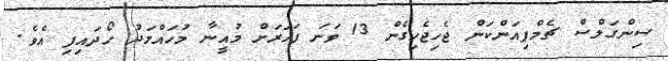
ސިންގަލްސް ޗެމްޕިއަންކަން ޖެހިޖެހިގެން 13 ވަނަ ފަހަރަށް މުއީނާ މުހައްމަދު ހޯދައިފި އެވެ.